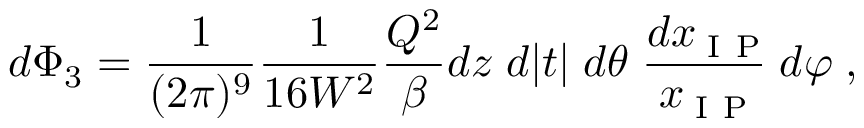
d \Phi _ { 3 } = \frac { 1 } { ( 2 \pi ) ^ { 9 } } \frac { 1 } { 1 6 W ^ { 2 } } \frac { Q ^ { 2 } } { \beta } d z \; d | t | \; d \theta \; \frac { d x _ { \mathrm { \tiny ~ I ~ \! ~ P } } } { x _ { \mathrm { \tiny ~ I ~ \! ~ P } } } \; d \varphi \; ,